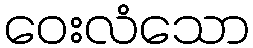
ဝေးလံသော